Indian journal of veterinary science and animal husbandry - Volumes 26-27, 1956-1957
Year: 1956
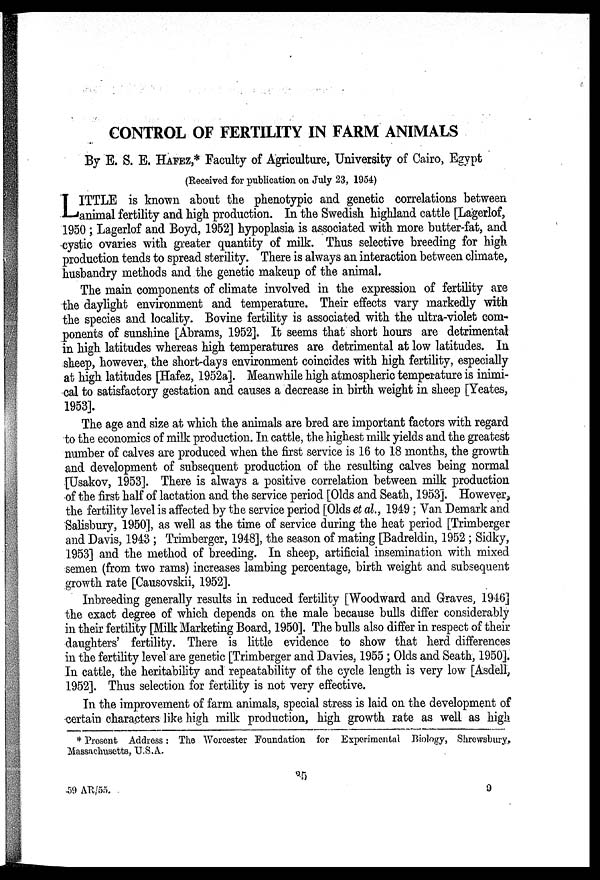
CONTROL OF FERTILITY IN FARM ANIMALS
By E. S. E. HAFEZ,* Faculty of Agriculture, University of Cairo, Egypt
(Received for publication on July 23, 1954)
L ITTLE is known about the phenotypic and genetic correlations between
animal fertility and high production. In the Swedish highland cattle [Lagerlof,
1950 ; Lagerlof and Boyd, 1952] hypoplasia is associated with more butter-fat, and
cystic ovaries with greater quantity of milk. Thus selective breeding for high
production tends to spread sterility. There is always an interaction between climate,
husbandry methods and the genetic makeup of the animal.
The main components of climate involved in the expression of fertility are
the daylight environment and temperature. Their effects vary markedly with
the species and locality. Bovine fertility is associated with the ultra-violet com-
ponents of sunshine [Abrams, 1952]. It seems that short hours are detrimental
in high latitudes whereas high temperatures are detrimental at low latitudes. In
sheep, however, the short-days environment coincides with high fertility, especially
at high latitudes [Hafez, 1952a]. Meanwhile high atmospheric temperature is inimi-
cal to satisfactory gestation and causes a decrease in birth weight in sheep [Yeates,
1953].
The age and size at which the animals are bred are important factors with regard
to the economics of milk production. In cattle, the highest milk yields and the greatest
number of calves are produced when the first service is 16 to 18 months, the growth
and development of subsequent production of the resulting calves being normal
[Usakov, 1953]. There is always a positive correlation between milk production
of the first half of lactation and the service period [Olds and Seath, 1953]. However,
the fertility level is affected by the service period [Olds et al., 1949 ; Van Demark and
Salisbury, 1950], as well as the time of service during the heat period [Trimberger
and Davis, 1943 ; Trimberger, 1948], the season of mating [Badreldin, 1952 ; Sidky,
1953] and the method of breeding. In sheep, artificial insemination with mixed
semen (from two rams) increases lambing percentage, birth weight and subsequent
growth rate [Causovskii, 1952].
Inbreeding generally results in reduced fertility [Woodward and Graves, 1946]
the exact degree of which depends on the male because bulls differ considerably
in their fertility [Milk Marketing Board, 1950]. The bulls also differ in respect of their
daughters' fertility. There is little evidence to show that herd differences
in the fertility level are genetic [Trimberger and Davies, 1955 ; Olds and Seath, 1950].
In cattle, the heritability and repeatability of the cycle length is very low [Asdell,
1952]. Thus selection for fertility is not very effective.
In the improvement of farm animals, special stress is laid on the development of
certain characters like high milk production, high growth rate as well as high
* Present Address : The Worcester Foundation for Experimental Biology, Shrewsbury.
Massachusetts, U.S.A.
35
59 AR/55.
9